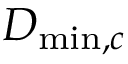
D _ { \operatorname* { m i n } , c }